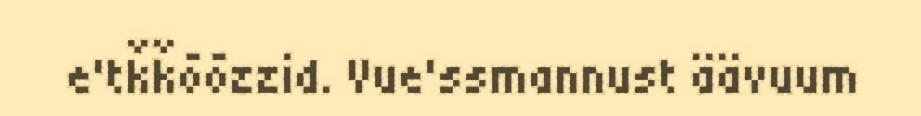
e'tǩǩõõzzid. Vue'ssmannust äävuum